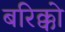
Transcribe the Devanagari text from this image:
बरिक्को